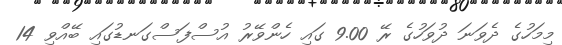
މިމަހުގެ ދެވަނަ ދުވަހުގެ ރޭ 9.00 ގައި ހެންވޭރު އުސްފަސްގަނޑުގައި ބޭއްވި 14